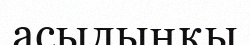
асылыңқы